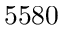
5 5 8 0